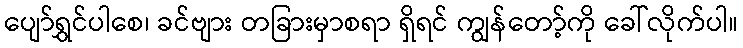
ပျော်ရွှင်ပါစေ၊ ခင်ဗျား တခြားမှာစရာ ရှိရင် ကျွန်တော့်ကို ခေါ်လိုက်ပါ။